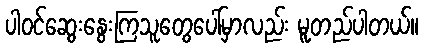
ပါဝင်ဆွေးနွေးကြသူတွေပေါ်မှာလည်း မူတည်ပါတယ်။